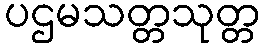
ပဌမသတ္တသုတ္တ